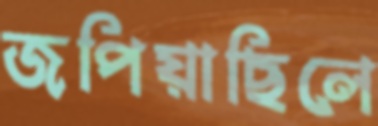
জপিয়াছিলে